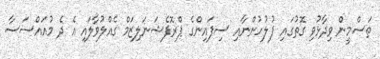
ތަސްމީން ވިދާޅުވި ގޮތުގައި ފުލުހުންނާއި ސިފައިންގެ ޕްރޮފެޝަނަލިޒަމް ގެއްލުވާލައި އެ ދެ މުއައްސަސާ